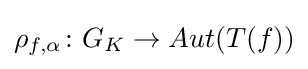
\rho _{f,\alpha }\colon G_{K}\to Aut(T(f))